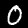
Label: 0